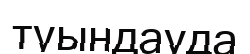
туындауда